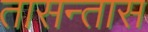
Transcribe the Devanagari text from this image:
तासन्तास